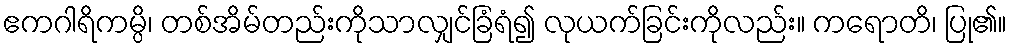
ဧကဂါရိကမ္ပိ၊ တစ်အိမ်တည်းကိုသာလျှင်ခြံရံ၍ လုယက်ခြင်းကိုလည်း။ ကရောတိ၊ ပြု၏။